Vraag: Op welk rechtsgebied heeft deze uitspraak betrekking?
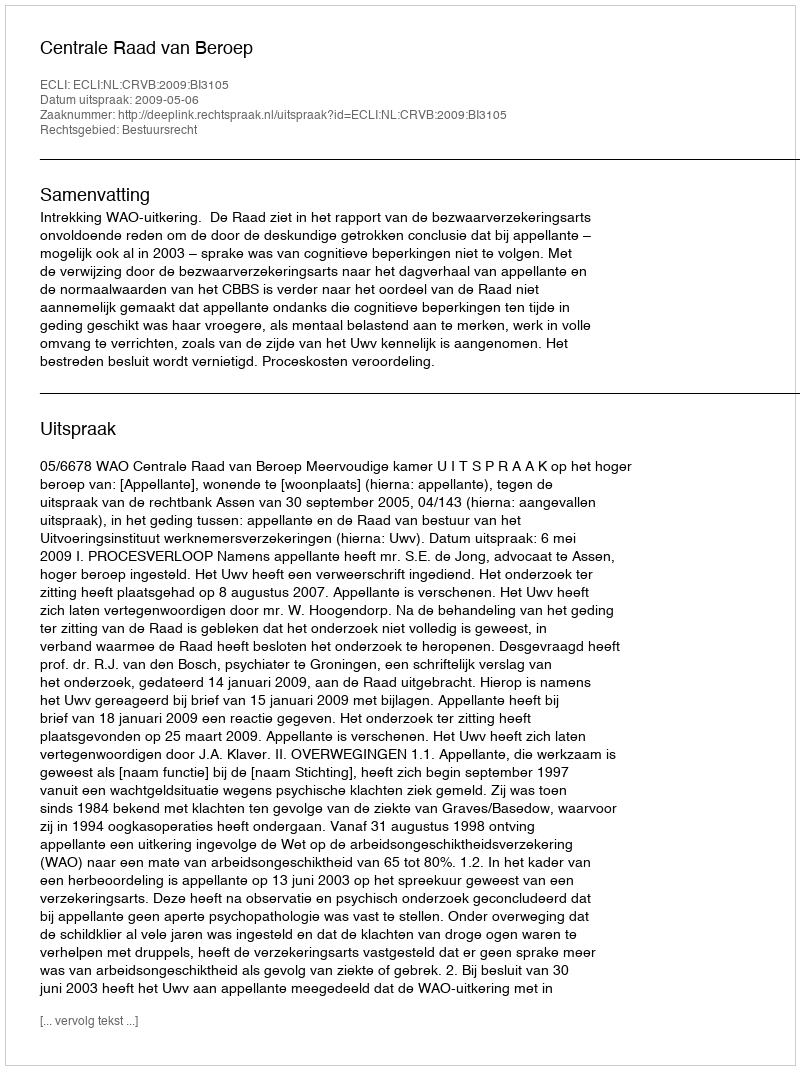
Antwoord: Bestuursrecht